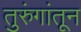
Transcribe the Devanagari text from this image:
तुरुंगांतून